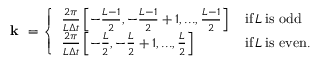
\begin{array} { r } { \textbf { k } = \left\{ \begin{array} { l l } { \frac { 2 \pi } { L \Delta t } \left[ - \frac { L - 1 } { 2 } , - \frac { L - 1 } { 2 } + 1 , . . . , \frac { L - 1 } { 2 } \right] \, } & { \mathrm { i f } \, L \, \mathrm { i s ~ o d d } } \\ { \frac { 2 \pi } { L \Delta t } \left[ - \frac { L } { 2 } , - \frac { L } { 2 } + 1 , . . . , \frac { L } { 2 } \right] \, } & { \mathrm { i f } \, L \, \mathrm { i s ~ e v e n . } } \end{array} \right. } \end{array}